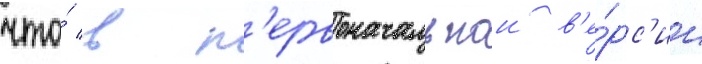
что́ в п'ервоначальнои в'е́рс'ии